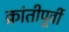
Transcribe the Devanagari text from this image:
क्रांतीपूर्वी